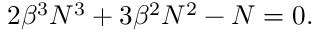
2 \beta ^ { 3 } N ^ { 3 } + 3 \beta ^ { 2 } N ^ { 2 } - N = 0 .